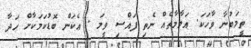
ތީމަބުނާ ވާހަކަ. އަލާމާތެއް ނެތި ފައްސި ވީމަ . ޢެކަން ބޮޑުކަމަކާށް ހަދާ